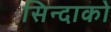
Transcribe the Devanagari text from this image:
सिन्दाको